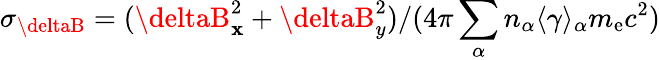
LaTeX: \sigma_{\deltaB}=(\deltaB_{\mathbf{x}}^{2}+\deltaB_{y}^{2})/(4\pi\sum_{\alpha}n_{\alpha}\langle\gamma\rangle_{\alpha}m_{\mathrm{{e}}}c^{2})